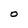
Character: O